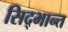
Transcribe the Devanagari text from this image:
सिद्भान्त